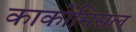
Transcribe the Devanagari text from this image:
काकोमिसल